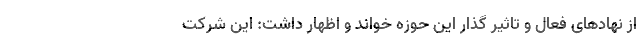
از نهادهای فعال و تاثیر گذار این حوزه خواند و اظهار داشت: این شرکت